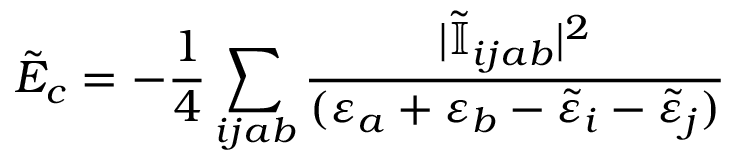
\tilde { E } _ { c } = - \frac { 1 } { 4 } \sum _ { i j a b } \frac { | \tilde { \mathbb { I } } _ { i j a b } | ^ { 2 } } { ( \varepsilon _ { a } + \varepsilon _ { b } - \tilde { \varepsilon } _ { i } - \tilde { \varepsilon } _ { j } ) }